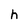
Character: h